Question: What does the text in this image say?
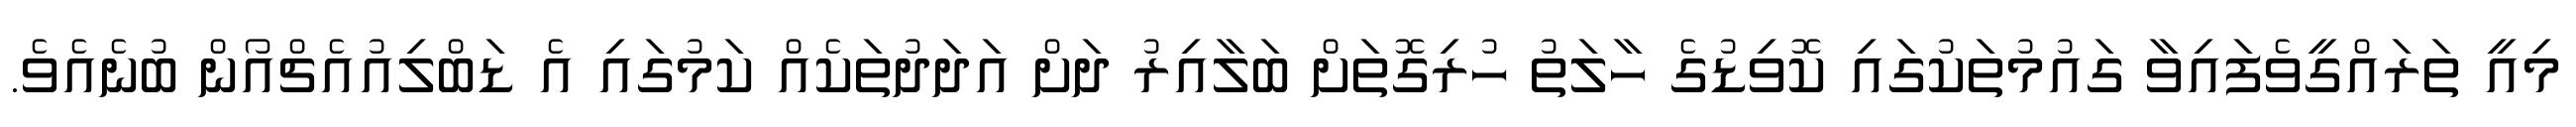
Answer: މިއީ ތަރައްގީވެފައިވާ ގައުމުތަކުގައި ކޮވިޑުގެ ހާލަތު ހުރިގޮތަށް ބަލާއިރު ދަށް އަދަދުތަކެއް ކަމުގައި އެ ޑަބްލިއުއެޗްއޯން ބުނެއެވެ.